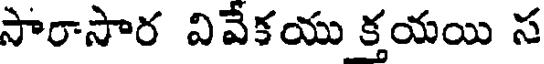
సారాసార వివేకయు క్తయయి స